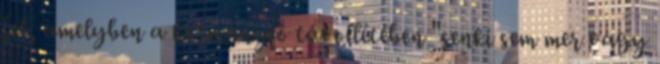
fel, amelyben a kormányfő távollétében "senki sem mer vagy